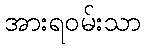
အားရဝမ်းသာ